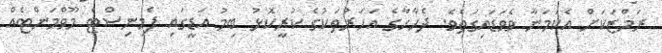
ރަމްޒަކަށް އެކަމަނާ ވެވަޑައިގަތެވެ. ދެހާހާގެ އަހަރުތަކުގެ ކުރީކޮޅު ބިމު އަޑީގައި ފެމިނިސްޓް މޫވްމަންޓެއް